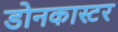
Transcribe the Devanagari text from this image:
डोनकास्टर